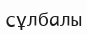
сұлбалы